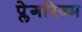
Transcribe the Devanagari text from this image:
प्लेगरिज्म